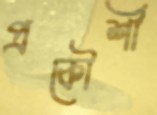
প্রকৌশী